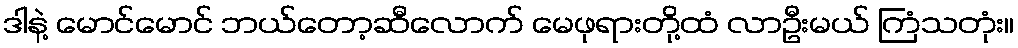
ဒါနဲ့ မောင်မောင် ဘယ်တော့ဆီလောက် မေဖုရားတို့ထံ လာဦးမယ် ကြံသတုံး။